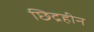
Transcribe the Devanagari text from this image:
छिद्रहीन